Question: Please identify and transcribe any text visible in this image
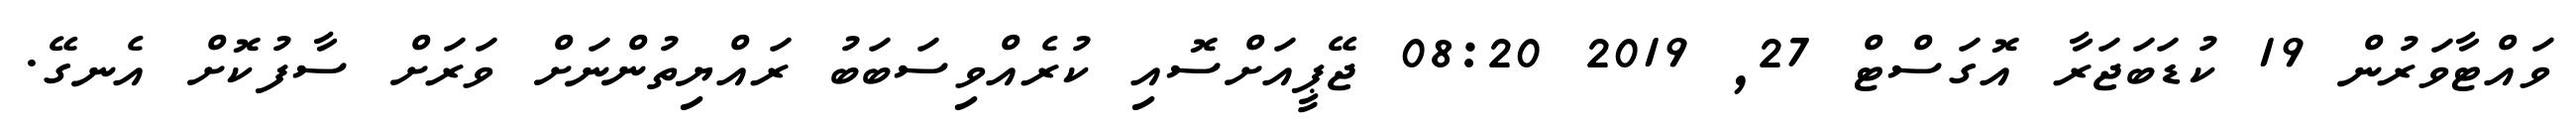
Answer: ވައްޓާވަރުން 19 ކުޑަބަޖަރާ އޮގަސްޓް 27, 2019 08:20 ޖޭޕީއަށްސޮއި ކުރެއްވިސަބަބު ރައްޔިތުންނަށް ވަރަށް ސާފުކޮށް އެނގޭ.